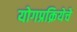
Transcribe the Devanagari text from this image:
योगप्रक्रियेचे